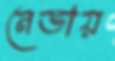
নেভায়